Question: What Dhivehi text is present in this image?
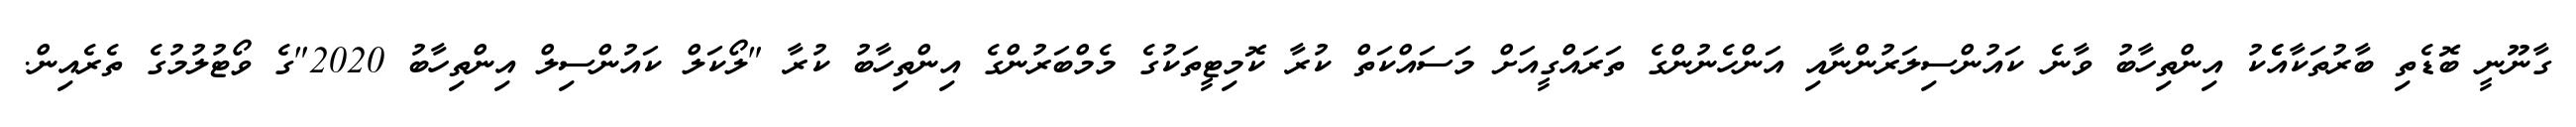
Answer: ގާނޫނީ ބޮޑެތި ބާރުތަކާއެެކު އިންތިހާބު ވާނެ ކައުންސިލަރުންނާއި އަންހެނުންގެ ތަރައްގީއަށް މަސައްކަތް ކުރާ ކޮމިޓީތަކުގެ މެމްބަރުންގެ އިންތިހާބު ކުރާ "ލޯކަލް ކައުންސިލް އިންތިހާބު 2020"ގެ ވޯޓުލުމުގެ ތެރެއިން.